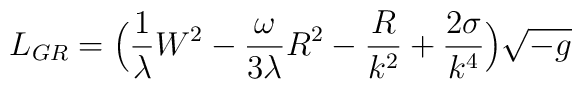
L_{GR} = \Big(\frac{1}{\lambda} W^2 - \frac{\omega}{3\lambda} R^2- \frac{R}{k^2} + \frac{2 \sigma}{k^4} \Big) \sqrt{-g}